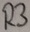
Text: R3